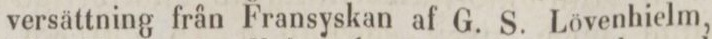
versättning från Fransyskan af G. S. Lövenhielm,